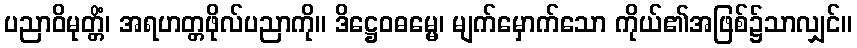
ပညာဝိမုတ္တိံ၊ အရဟတ္တဖိုလ်ပညာကို။ ဒိဋ္ဌေဝဓမ္မေ၊ မျက်မှောက်သော ကိုယ်၏အဖြစ်၌သာလျှင်။